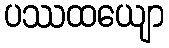
ပဿထယျော